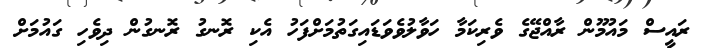
ރައީސް މައުމޫން ރާއްޖޭގެ ވެރިކަމާ ހަވާލުވެވަޑައިގަތުމަށްފަހު އެކި ރޮނގު ރޮނގުން ދިވެހި ގައުމަށް